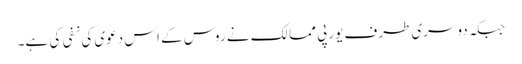
جبکہ دوسری طرف یورپی ممالک نے روس کے اس دعوی کی نفی کی ہے۔